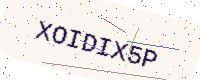
Text: XOIDIX5P